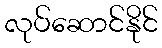
လုပ်ဆောင်နိုင်